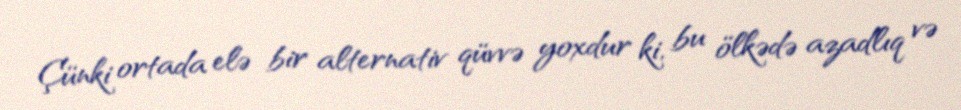
Çünki ortada elə bir alternativ qüvvə yoxdur ki, bu ölkədə azadlıq və